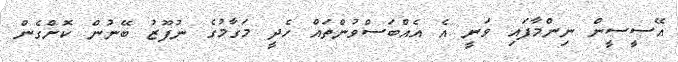
އޭސީސީން ނިންމާފައި ވަނީ އެ އެއްބަސްވުންތައް ހެދީ މަގާމުގެ ނުފޫޒު ބޭނުން ކޮށްގެން